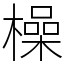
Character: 橾